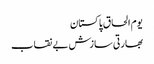
یوم الحاق پاکستان
بھارتی سازش بے نقاب